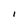
Character: l